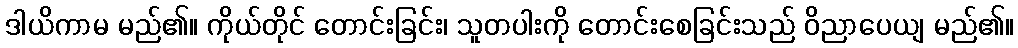
ဒါယိကာမ မည်၏။ ကိုယ်တိုင် တောင်းခြင်း၊ သူတပါးကို တောင်းစေခြင်းသည် ဝိညာပေယျ မည်၏။